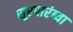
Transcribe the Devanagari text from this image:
सूरपारंब्या